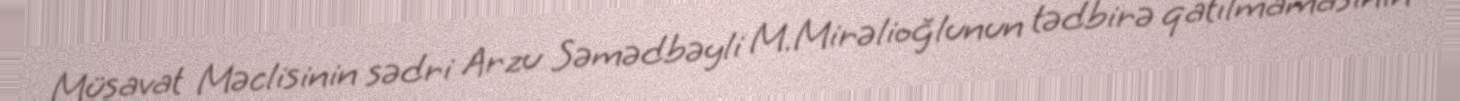
Müsavat Məclisinin sədri Arzu Səmədbəyli M.Mirəlioğlunun tədbirə qatılmamasının